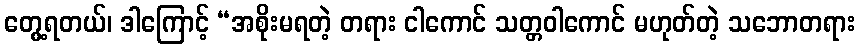
တွေ့ရတယ်၊ ဒါကြောင့် “အစိုးမရတဲ့ တရား ငါကောင် သတ္တဝါကောင် မဟုတ်တဲ့ သဘောတရား